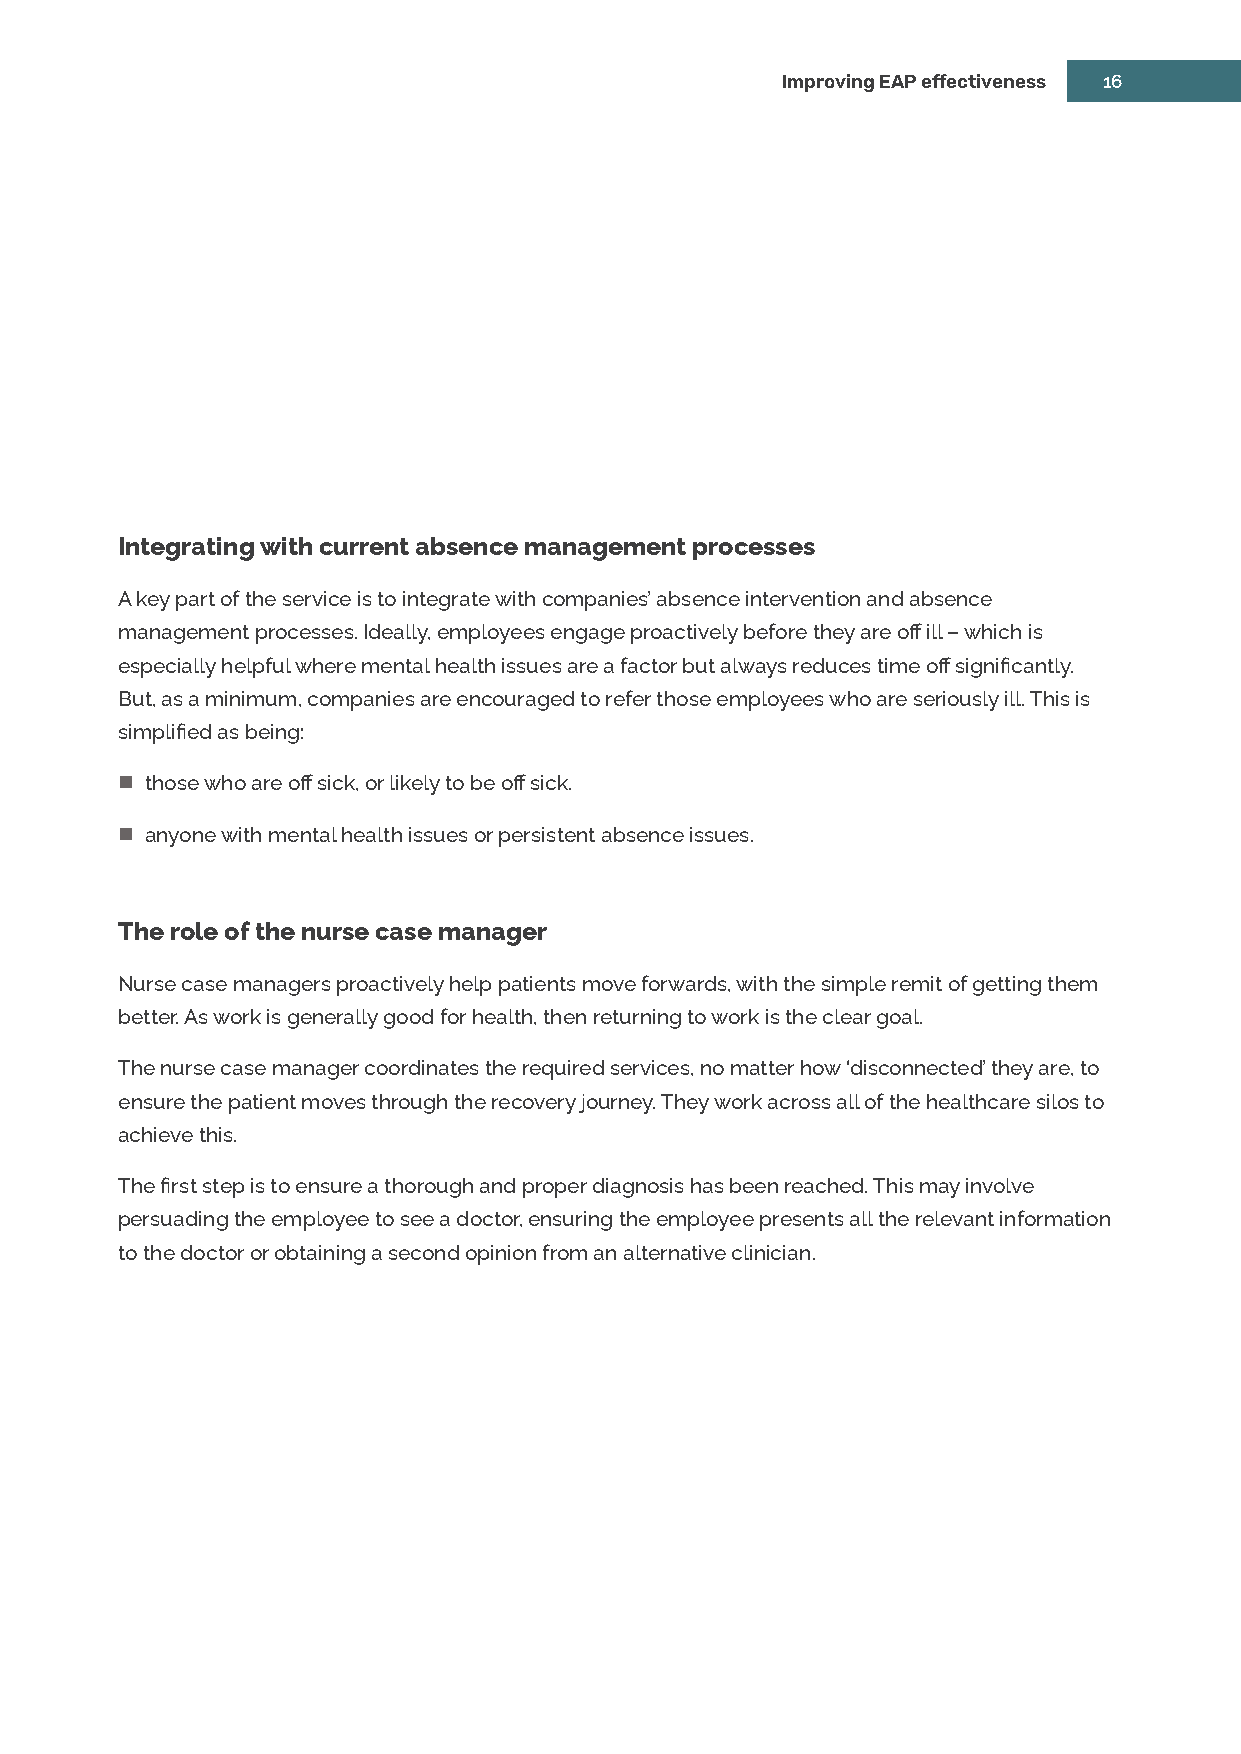
Improving EAP effectiveness 16
 Integrating with current absence management processes
 A key part of the service is to integrate with companies’ absence intervention and absence
 management processes. Ideally, employees engage proactively before they are off ill – which is
 especially helpful where mental health issues are a factor but always reduces time off significantly.
 But, as a minimum, companies are encouraged to refer those employees who are seriously ill. This is
 simplified as being:
  those who are off sick, or likely to be off sick.
  anyone with mental health issues or persistent absence issues.
 The role of the nurse case manager
 Nurse case managers proactively help patients move forwards, with the simple remit of getting them
 better. As work is generally good for health, then returning to work is the clear goal.
 The nurse case manager coordinates the required services, no matter how ‘disconnected’ they are, to
 ensure the patient moves through the recovery journey. They work across all of the healthcare silos to
 achieve this.
 The first step is to ensure a thorough and proper diagnosis has been reached. This may involve
 persuading the employee to see a doctor, ensuring the employee presents all the relevant information
 to the doctor or obtaining a second opinion from an alternative clinician.